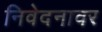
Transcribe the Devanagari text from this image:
निवेदनावर